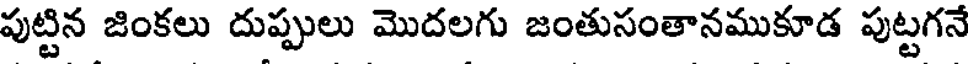
పుట్టిన జింకలు దుప్పులు మొదలగు జంతుసంతానముకూడ పుట్టగనే